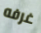
غرفه